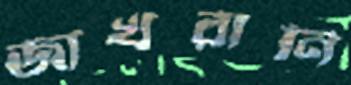
জাখরানি